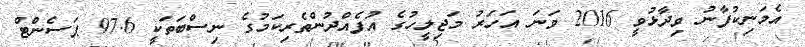
އެމަނިކުފާނު ވިދާޅުވީ 2016 ވަނަ އަހަރު މަޖިލީހުގެ އުފެއްދުންތެރިކަމުގެ ނިސްބަތަކީ 97.6 ޕަސެންޓް